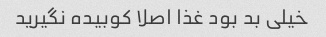
خیلی بد بود غذا اصلا کوبیده نگیرید